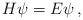
LaTeX: \begin{align*} H\psi=E\psi\,,\end{align*}